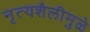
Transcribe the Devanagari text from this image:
नृत्यशैलीमुळे